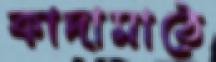
কাদামাঠে